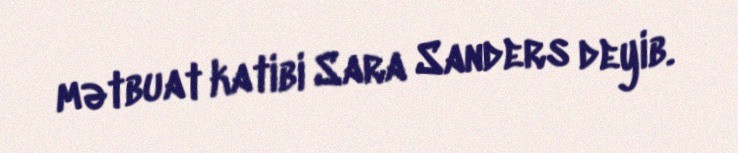
mətbuat katibi Sara Sanders deyib.